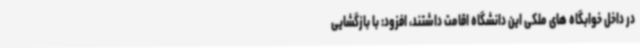
در داخل خوابگاه های ملکی این دانشگاه اقامت داشتند، افزود: با بازگشایی